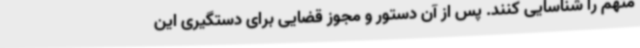
متهم را شناسایی کنند. پس از آن دستور و مجوز قضایی برای دستگیری این